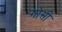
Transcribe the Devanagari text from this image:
गोसी